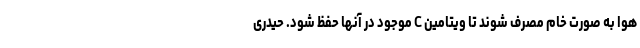
هوا به صورت خام مصرف شوند تا ویتامین C موجود در آنها حفظ شود. حیدری